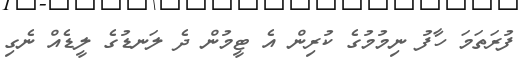
ފުރަތަމަ ހާފު ނިމުމުގެ ކުރިން އެ ޓީމުން ދެ ލަނޑުގެ ލީޑެއް ނެގި